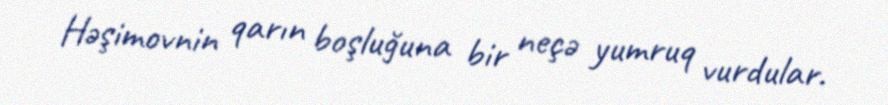
Həşimovnin qarın boşluğuna bir neçə yumruq vurdular.